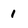
Character: 1